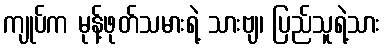
ကျုပ်က မုန့်ဖုတ်သမားရဲ့ သားဗျ၊ ပြည်သူရဲ့သား